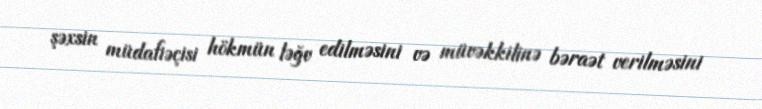
şəxsin müdafiəçisi hökmün ləğv edilməsini və müvəkkilinə bəraət verilməsini